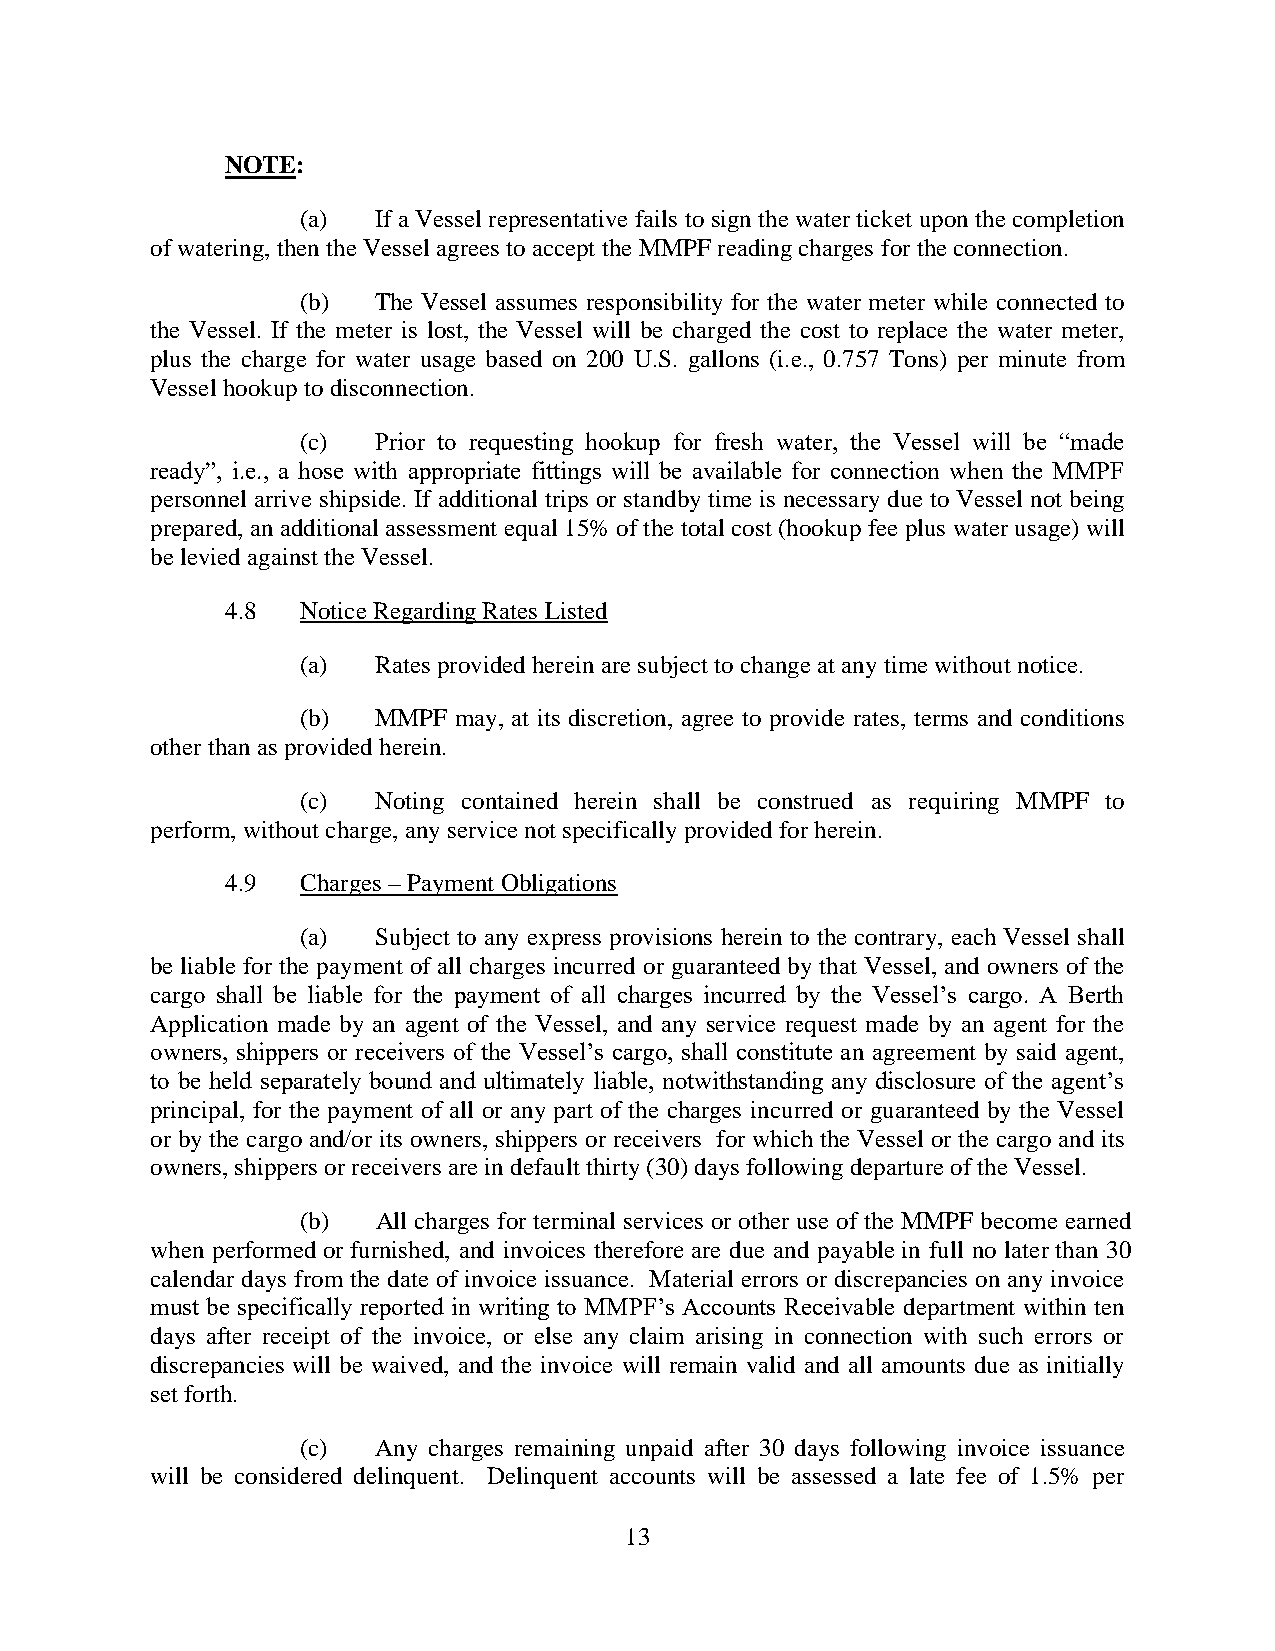
NOTE:
 (a)  If a Vessel representative fails to sign the water ticket upon the completion
 of watering, then the Vessel agrees to accept the MMPF reading charges for the connection.
 (b)  The Vessel assumes responsibility for the water meter while connected to
 the Vessel. If the meter is lost, the Vessel will be charged the cost to replace the water meter,
 plus the charge for water usage based on 200 U.S. gallons (i.e., 0.757 Tons) per minute from
 Vessel hookup to disconnection.
 (c)  Prior to requesting hookup for fresh water, the Vessel will be “made
 ready”, i.e., a hose with appropriate fittings will be available for connection when the MMPF
 personnel arrive shipside. If additional trips or standby time is necessary due to Vessel not being
 prepared, an additional assessment equal 15% of the total cost (hookup fee plus water usage) will
 be levied against the Vessel.
 4.8  Notice Regarding Rates Listed
 (a)  Rates provided herein are subject to change at any time without notice.
 (b)  MMPF may, at its discretion, agree to provide rates, terms and conditions
 other than as provided herein.
 (c)  Noting contained herein shall be construed as requiring MMPF to
 perform, without charge, any service not specifically provided for herein.
 4.9  Charges – Payment Obligations
 (a)  Subject to any express provisions herein to the contrary, each Vessel shall
 be liable for the payment of all charges incurred or guaranteed by that Vessel, and owners of the
 cargo shall be liable for the payment of all charges incurred by the Vessel’s cargo. A Berth
 Application made by an agent of the Vessel, and any service request made by an agent for the
 owners, shippers or receivers of the Vessel’s cargo, shall constitute an agreement by said agent,
 to be held separately bound and ultimately liable, notwithstanding any disclosure of the agent’s
 principal, for the payment of all or any part of the charges incurred or guaranteed by the Vessel
 or by the cargo and/or its owners, shippers or receivers for which the Vessel or the cargo and its
 owners, shippers or receivers are in default thirty (30) days following departure of the Vessel.
 (b)  All charges for terminal services or other use of the MMPF become earned
 when performed or furnished, and invoices therefore are due and payable in full no later than 30
 calendar days from the date of invoice issuance. Material errors or discrepancies on any invoice
 must be specifically reported in writing to MMPF’s Accounts Receivable department within ten
 days after receipt of the invoice, or else any claim arising in connection with such errors or
 discrepancies will be waived, and the invoice will remain valid and all amounts due as initially
 set forth.
 (c)  Any charges remaining unpaid after 30 days following invoice issuance
 will be considered delinquent. Delinquent accounts will be assessed a late fee of 1.5% per
 13